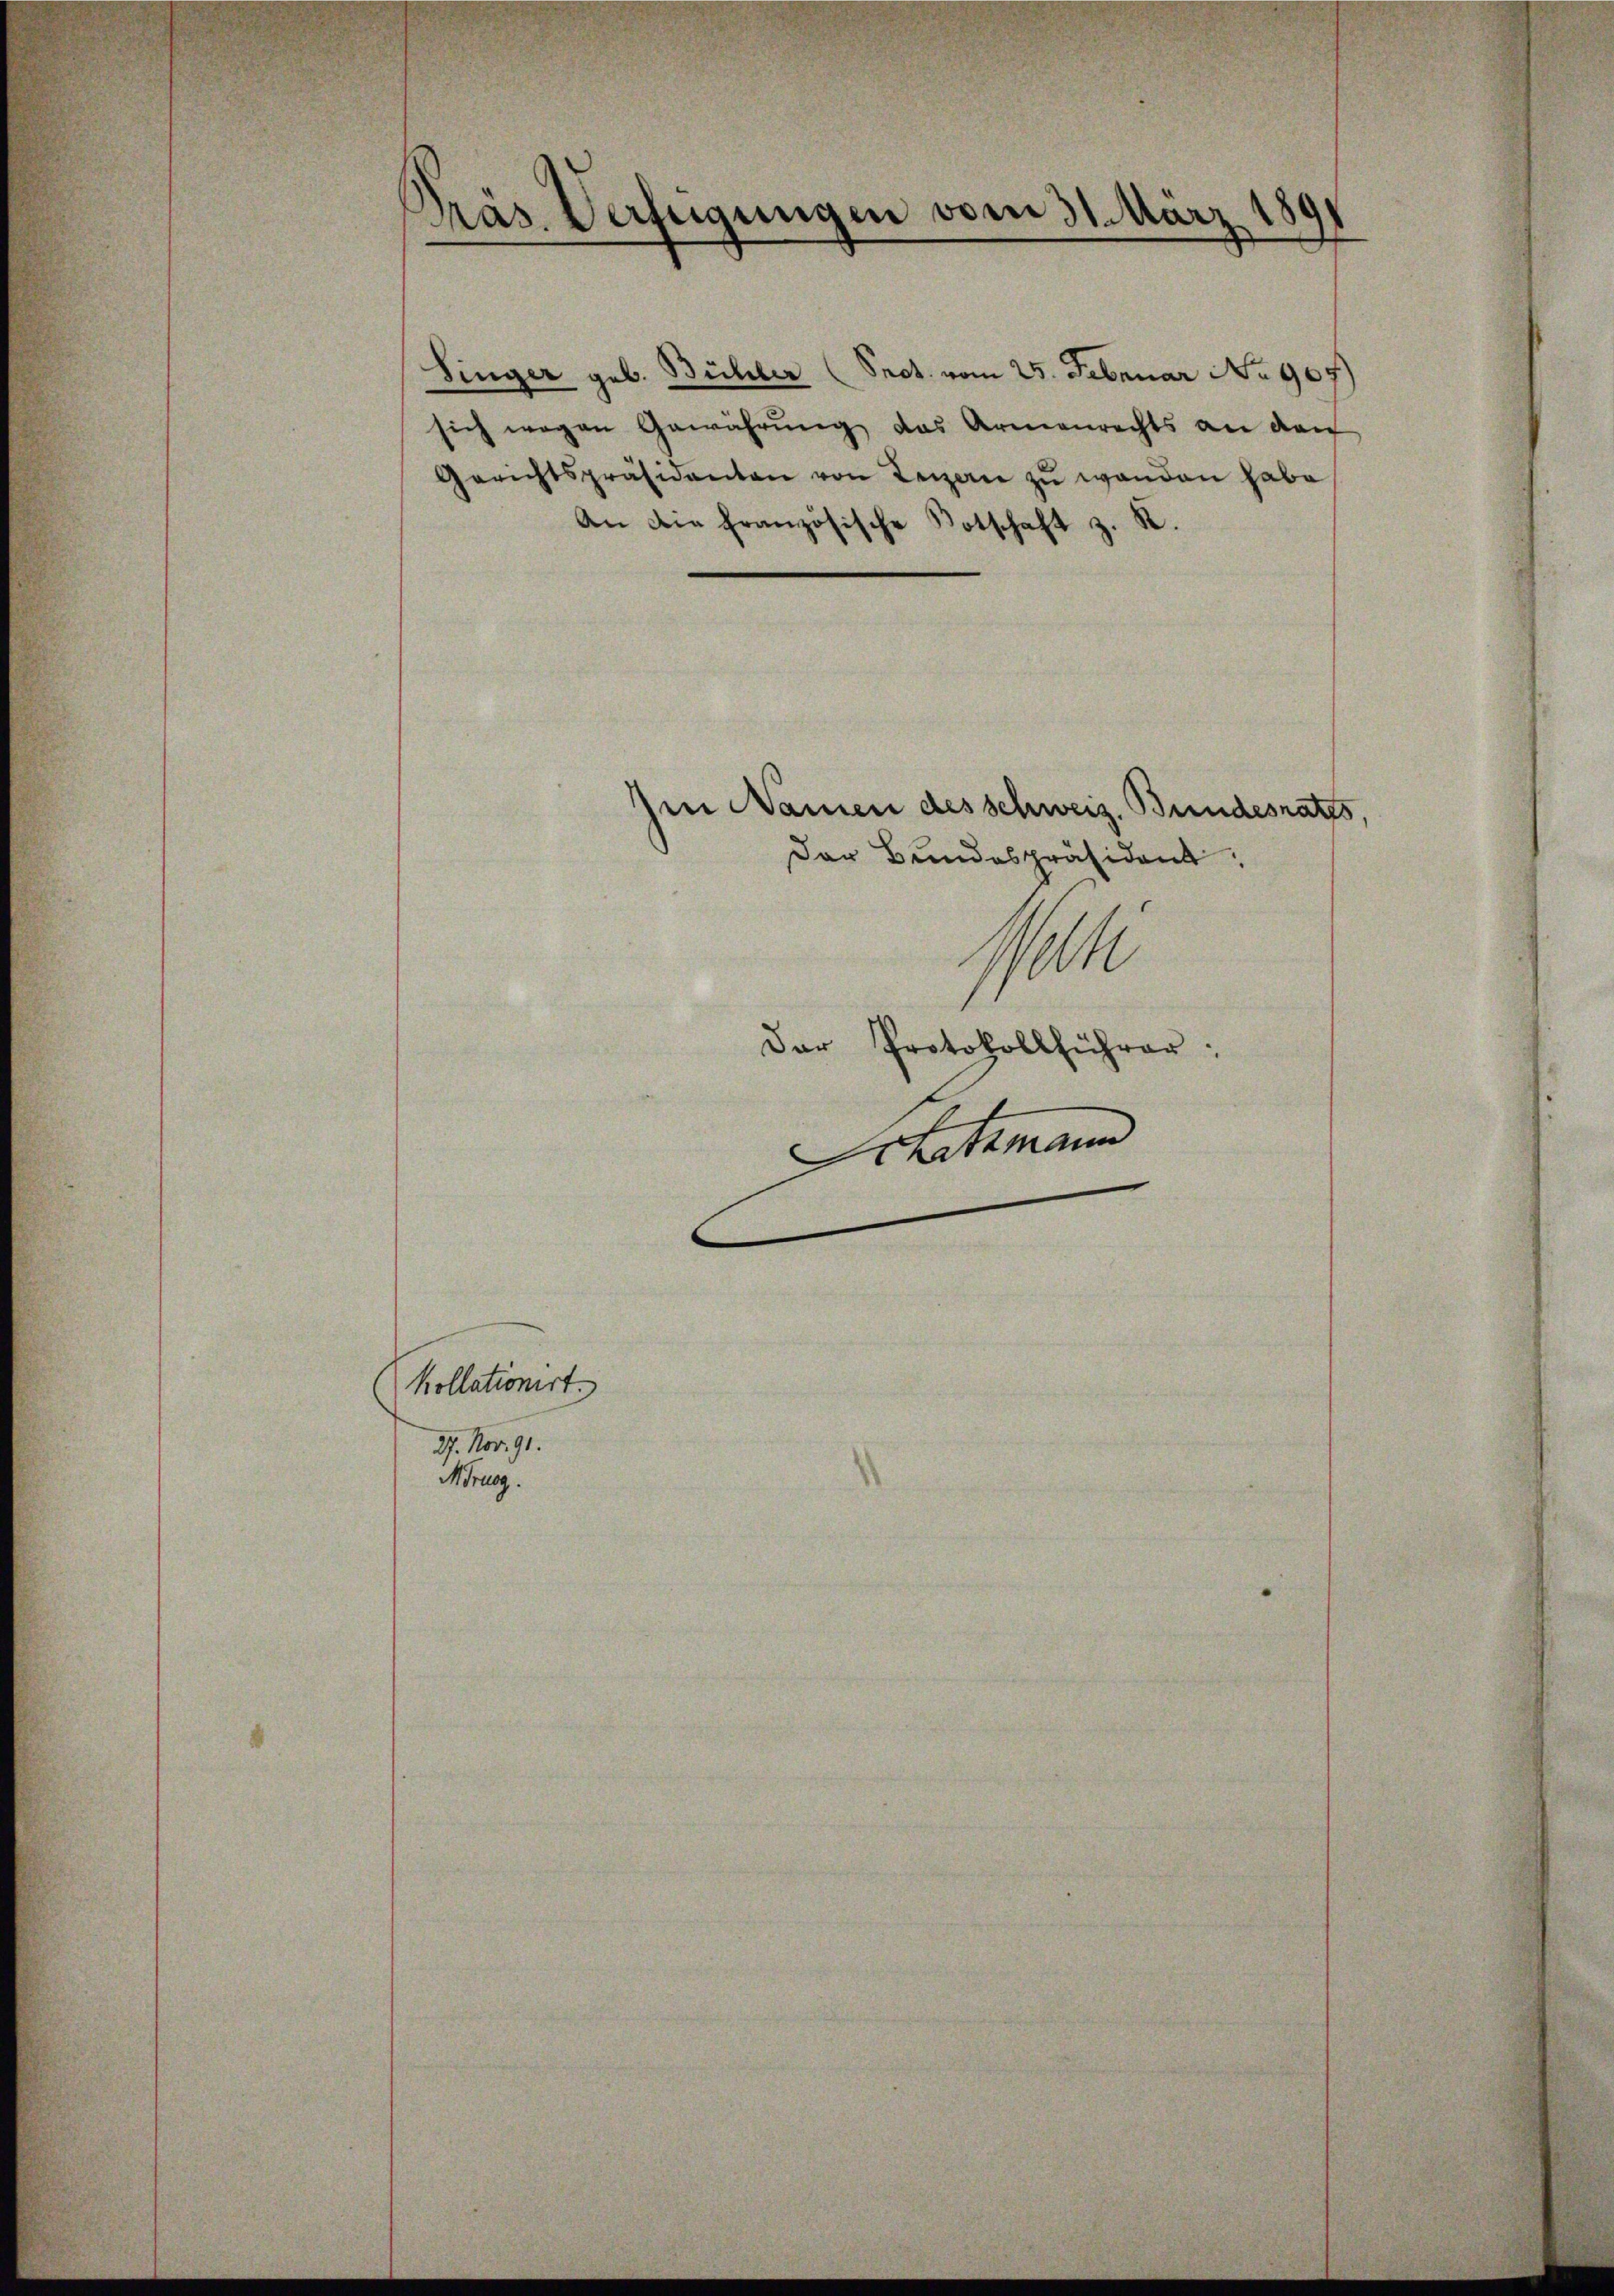
Präs. Verfügungen vom 31. März 181

Singer geb. Bühler (Sect. vom 25. Februar No 907)
sich wegen Gewährŭng das Armenrechts an den
Gerichtspräsidenten von Legen zu wanden habe
An die französische Botschaft z. K.

(Kollationirt
27. Nov. 91.
Mörung.

Im Namen des schweiz. Bundesrates,
Der Bundespräsident
Mak
Der Protokollführer:
Schatzmann